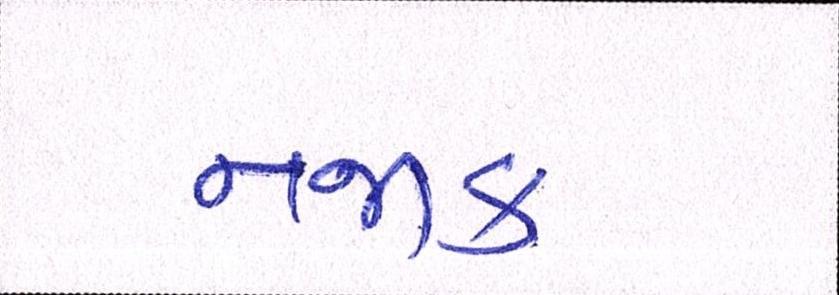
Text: નજીક